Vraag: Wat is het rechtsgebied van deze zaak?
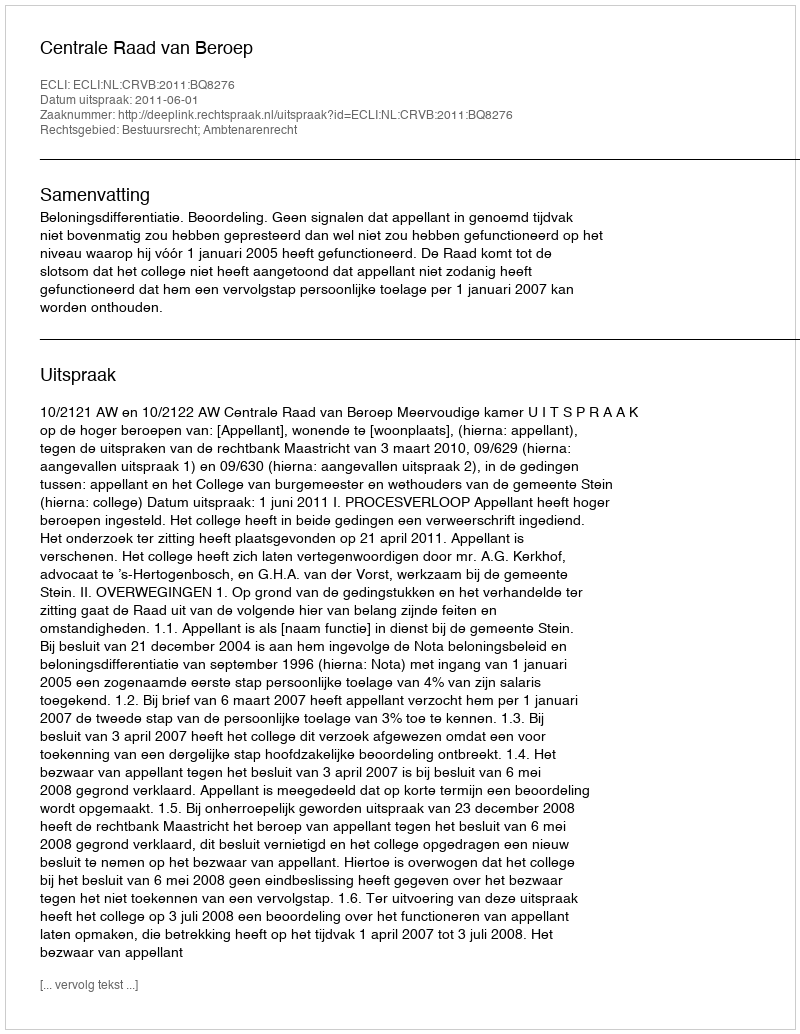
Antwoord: Bestuursrecht; Ambtenarenrecht